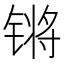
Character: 锵